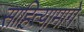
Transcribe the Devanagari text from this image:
साहित्यामागे